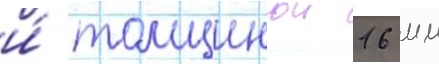
и́ толщинои 16 мм